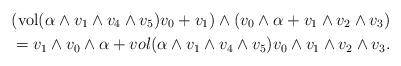
LaTeX: \begin{align*}&( {\rm vol}(\alpha \wedge v_1\wedge v_4\wedge v_5)v_0+v_1)\wedge (v_0\wedge \alpha + v_1\wedge v_2 \wedge v_3)\\&=v_1\wedge v_0 \wedge \alpha +vol(\alpha \wedge v_1\wedge v_4\wedge v_5) v_0\wedge v_1\wedge v_2 \wedge v_3.\end{align*}